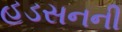
હડસનની